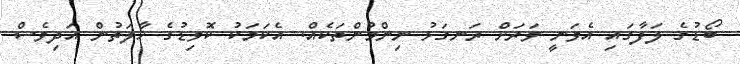
ބޯޑުގެ ލަފާގައި އެވަނީ ވަރަށް ރަނގަޅު ނިންމުންތަކެއް. އެކަމަކު ކޮވިޑުގެ ހާލަތުން އަދިވެސް